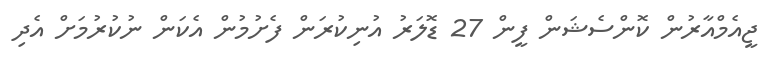
ޖީއެމްއާރުން ކޮންސެޝަން ފީން 27 ޑޮލަރު އުނިކުރަން ފެށުމުން އެކަން ނުކުރުމަށް އެދި